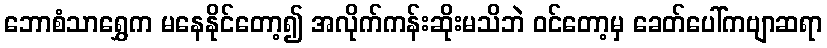
ဘောစံသာရွှေက မနေနိုင်တော့၍ အလိုက်ကန်းဆိုးမသိဘဲ ဝင်တော့မှ ခေတ်ပေါ်ကဗျာဆရာ